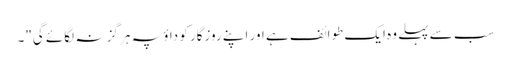
سب سے پہلے وہ ایک طوائف ہے اور اپنے روزگار کو داؤ پہ ہر گز نہ لگائے گی"۔